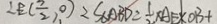
\therefore E ( \frac { 7 } { 2 } , 0 ) = S _ { \Delta } A B D = \frac { 1 } { 2 } \times A E \times O B +